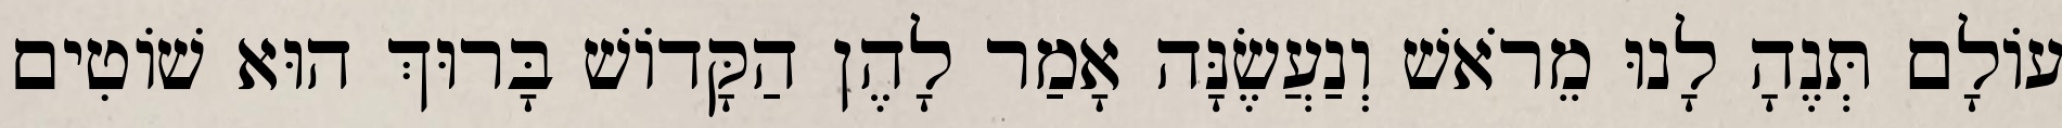
עוֹלָם תְּנֶהָ לָנוּ מֵרֹאשׁ וְנַעֲשֶׂנָּה אָמַר לָהֶן הַקָּדוֹשׁ בָּרוּךְ הוּא שׁוֹטִים